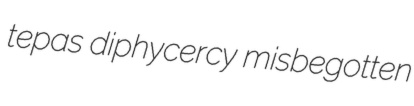
tepas diphycercy misbegotten